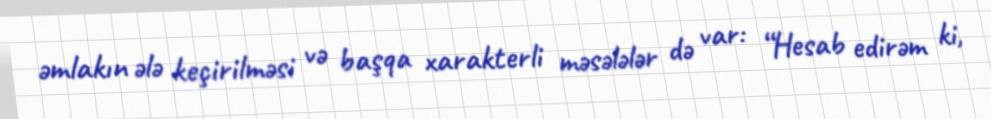
əmlakın ələ keçirilməsi və başqa xarakterli məsələlər də var: “Hesab edirəm ki,